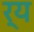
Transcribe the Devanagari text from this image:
र्य